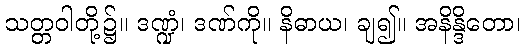
သတ္တဝါတို့၌။ ဒဏ္ဍံ၊ ဒဏ်ကို။ နိဓာယ၊ ချ၍။ အနိန္ဒိတော၊